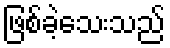
ဖြစ်ခဲ့သေးသည်